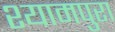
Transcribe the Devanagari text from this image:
श्यामपुरा